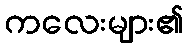
ကလေးများ၏